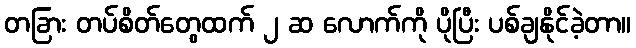
တခြား တပ်စိတ်တွေထက် ၂ ဆ လောက်ကို ပိုပြီး ပစ်ချနိုင်ခဲ့တာ။